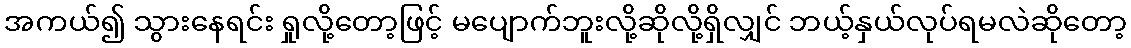
အကယ်၍ သွားနေရင်း ရှုလို့တော့ဖြင့် မပျောက်ဘူးလို့ဆိုလို့ရှိလျှင် ဘယ့်နှယ်လုပ်ရမလဲဆိုတော့